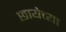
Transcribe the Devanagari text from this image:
छायेच्या